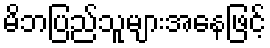
မိဘပြည်သူများအနေဖြင့်